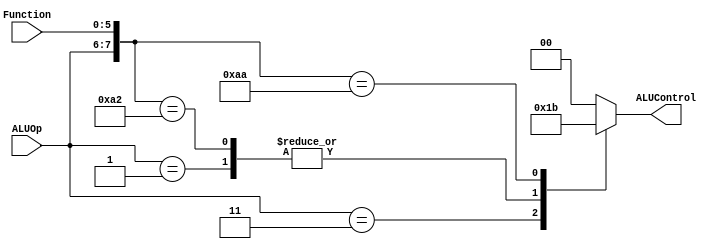
`timescale 1 ps / 100 fs
// Verilog project: 32-bit 5-stage Pipelined MIPS Processor in Verilog 
// ALU Control unit
module ALUControl_Block( ALUControl, ALUOp, Function);
output [1:0] ALUControl;
reg [1:0] ALUControl;
input [1:0] ALUOp;
input [5:0] Function;
wire [7:0] ALUControlIn;
assign ALUControlIn = {ALUOp,Function};
always @(ALUControlIn)
casex (ALUControlIn)
 8'b11xxxxxx: ALUControl=2'b01;
 8'b00xxxxxx: ALUControl=2'b00;
 8'b01xxxxxx: ALUControl=2'b10;
 8'b10100000: ALUControl=2'b00;
 8'b10100010: ALUControl=2'b10;
 8'b10101010: ALUControl=2'b11;
 default: ALUControl=2'b00;
 endcase
endmodule